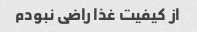
از کیفیت غذا راضی نبودم